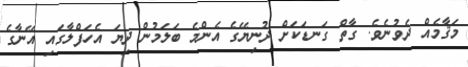
މަޤާމެެއް ދެވުނެވެ. ގާތް ގަނޑަކަށް ދުނިޔޭގެ އެންމެ ބަލަމުން ދިޔަ އެހަފްލާގައި އޭނާގެ